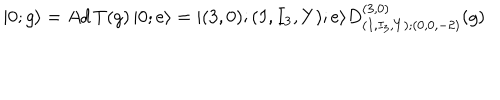
| 0 ; g \rangle = A d \, T ( g ) \, | 0 ; e \rangle = | ( 3 , 0 ) ; ( I , I _ { 3 } , Y ) ; e \rangle D _ { ( I , I _ { 3 } , Y ) ; ( 0 , 0 , - 2 ) } ^ { ( 3 , 0 ) } ( g )